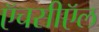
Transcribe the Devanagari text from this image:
ऍचसीऍल